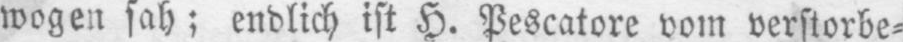
wogen sah; endlich ist H. Pescatore vom verstorbe⸗